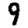
Digit: 9